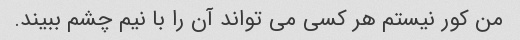
من کور نیستم هر کسی می تواند آن را با نیم چشم ببیند.